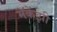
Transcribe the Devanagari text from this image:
मॅकेंझी